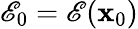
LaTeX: \mathscr{E}_{0}=\mathscr{E}(\mathbf{x}_{0})